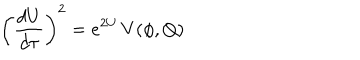
\left( \frac { d U } { d \tau } \right) ^ { 2 } = e ^ { 2 U } \, V ( \phi , Q )